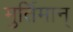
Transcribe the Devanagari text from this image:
मुर्तिमान्